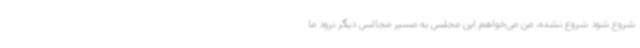
شروع شود شروع نشده، من می‌خواهم این مجلس به مسیر مجالس دیگر نرود ما